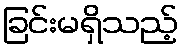
ခြင်းမရှိသည့်